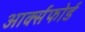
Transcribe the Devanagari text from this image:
आर्क्सफोर्ड